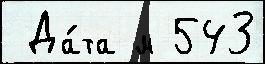
 Да́та м 543